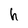
Character: h